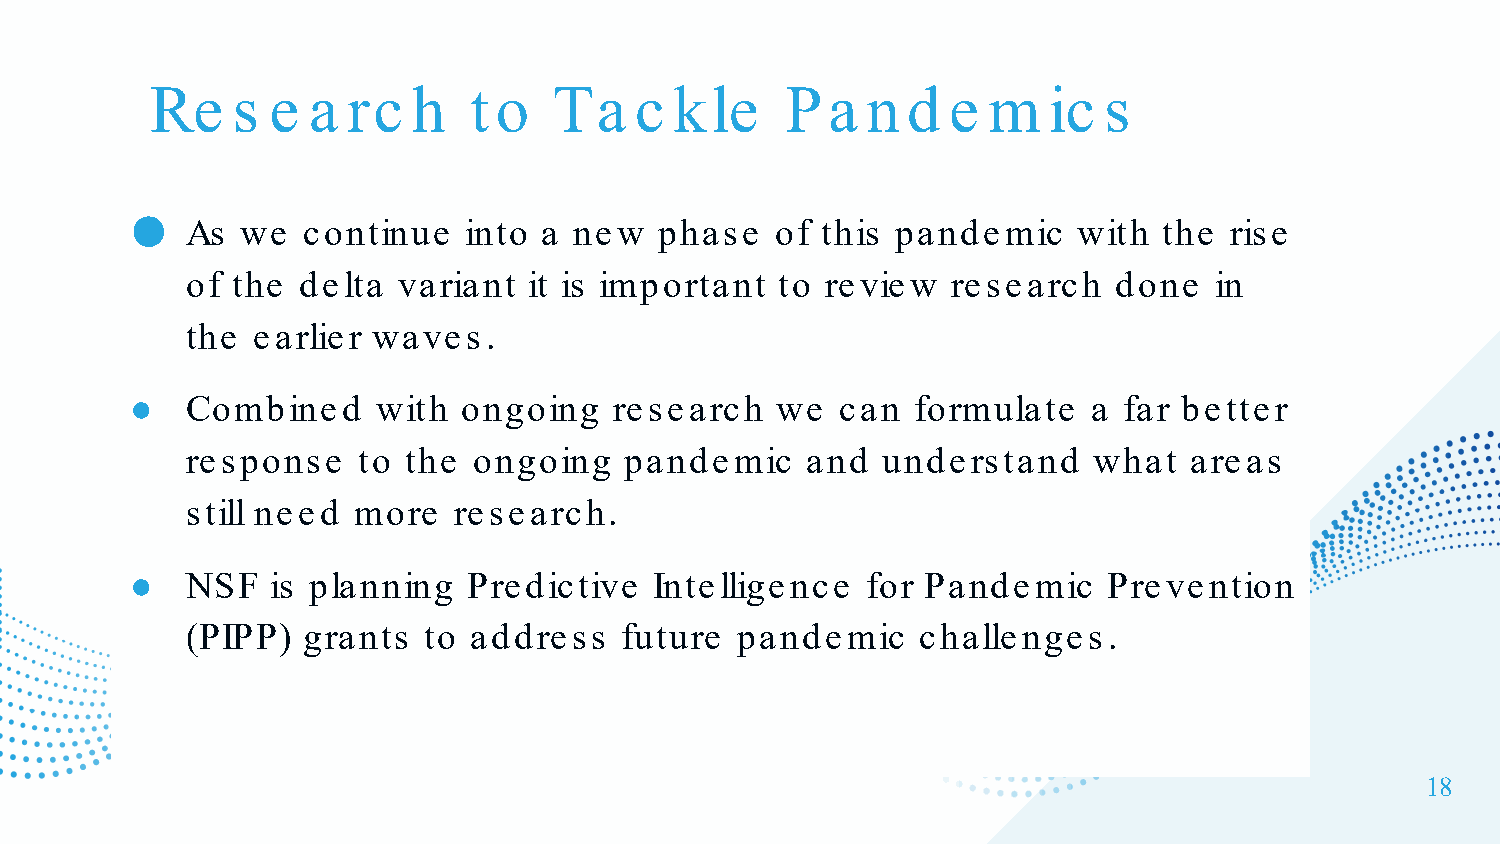
Re   s  e a  rc  h   t o   Ta   c  kle    Pa   n  d  e m   ic  s
 ●
 As  we  continue   into a new   phase  of this pandemic    with  the rise
 of the  delta variant  it is important  to review  research   done  in
 the  earlier waves.
 ●  Combined     with  ongoing   research  we   can formulate   a far better
 response    to the ongoing   pandemic    and  understand    what   areas
 still need more   research.
 ●  NSF   is planning  Predictive  Intelligence  for Pandemic    Prevention
 (PIPP)  grants  to address   future  pandemic    challenges.
 18